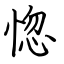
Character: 惚